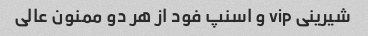
شیرینی vip و اسنپ فود از هر دو ممنون عالی